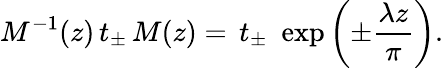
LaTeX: M^{-1}(z)\, t_{\pm}\, M(z)=\, t_{\pm}\, \, \exp{\left(\pm\frac{\lambda z}{\pi}\right)}.